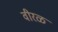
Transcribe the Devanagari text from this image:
वीरळ